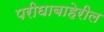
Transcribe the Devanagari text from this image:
परीघाबाहेरील